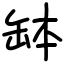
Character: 缽